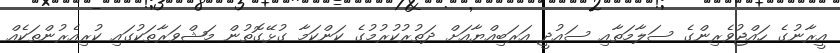
އީރާނުގެ ހައްޖުވެރިންގެ ސަލާމަތާއި ސައުދީ އަރަބިއްޔާއަށް ދަތުރުކުރުމުގެ ކަންކަމާ ގުޅޭގޮތުން މަޝްވަރާތަކުގައި ކުރިއެރުންތަކެއް